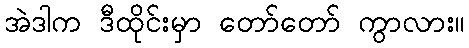
အဲဒါက ဒီထိုင်းမှာ တော်တော် ကွာလား။